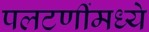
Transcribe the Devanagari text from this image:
पलटणींमध्ये